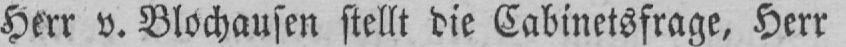
Herr v. Blochausen stellt die Cabinetsfrage, Herr